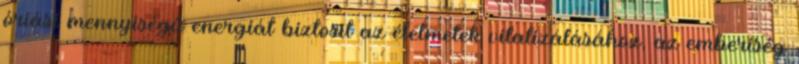
óriási mennyiségű energiát biztosít az élelmetek vitalizálásához, az emberiség